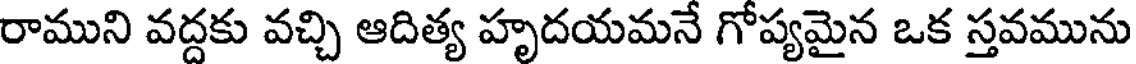
రాముని వద్దకు వచ్చి ఆదిత్య హృదయమనే గోప్యమైన ఒక స్తవమును